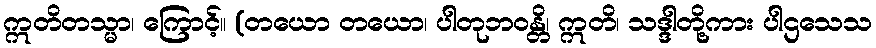
ဣတိတသ္မာ၊ ကြောင့်။ (တယော တယော၊ ပါတုဘဝန္တိ၊ ဣတိ၊ သဒ္ဒါတို့ကား ပါဌသေသ